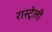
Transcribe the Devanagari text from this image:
रास्ट्रेली